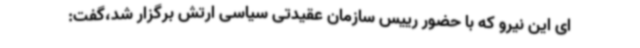
ای این نیرو که با حضور رییس سازمان عقیدتی سیاسی ارتش برگزار شد،گفت: